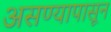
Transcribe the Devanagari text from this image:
असण्यापासून